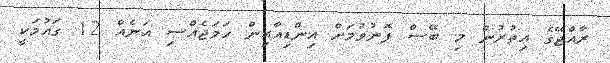
ރާއްޖޭގެ އިތުރުން މި ބޭސް ފޮނުވުމަށް އިންޑިއާއިން ހަމަޖެއްސި އަނެއް 12 ގައުމަކީ